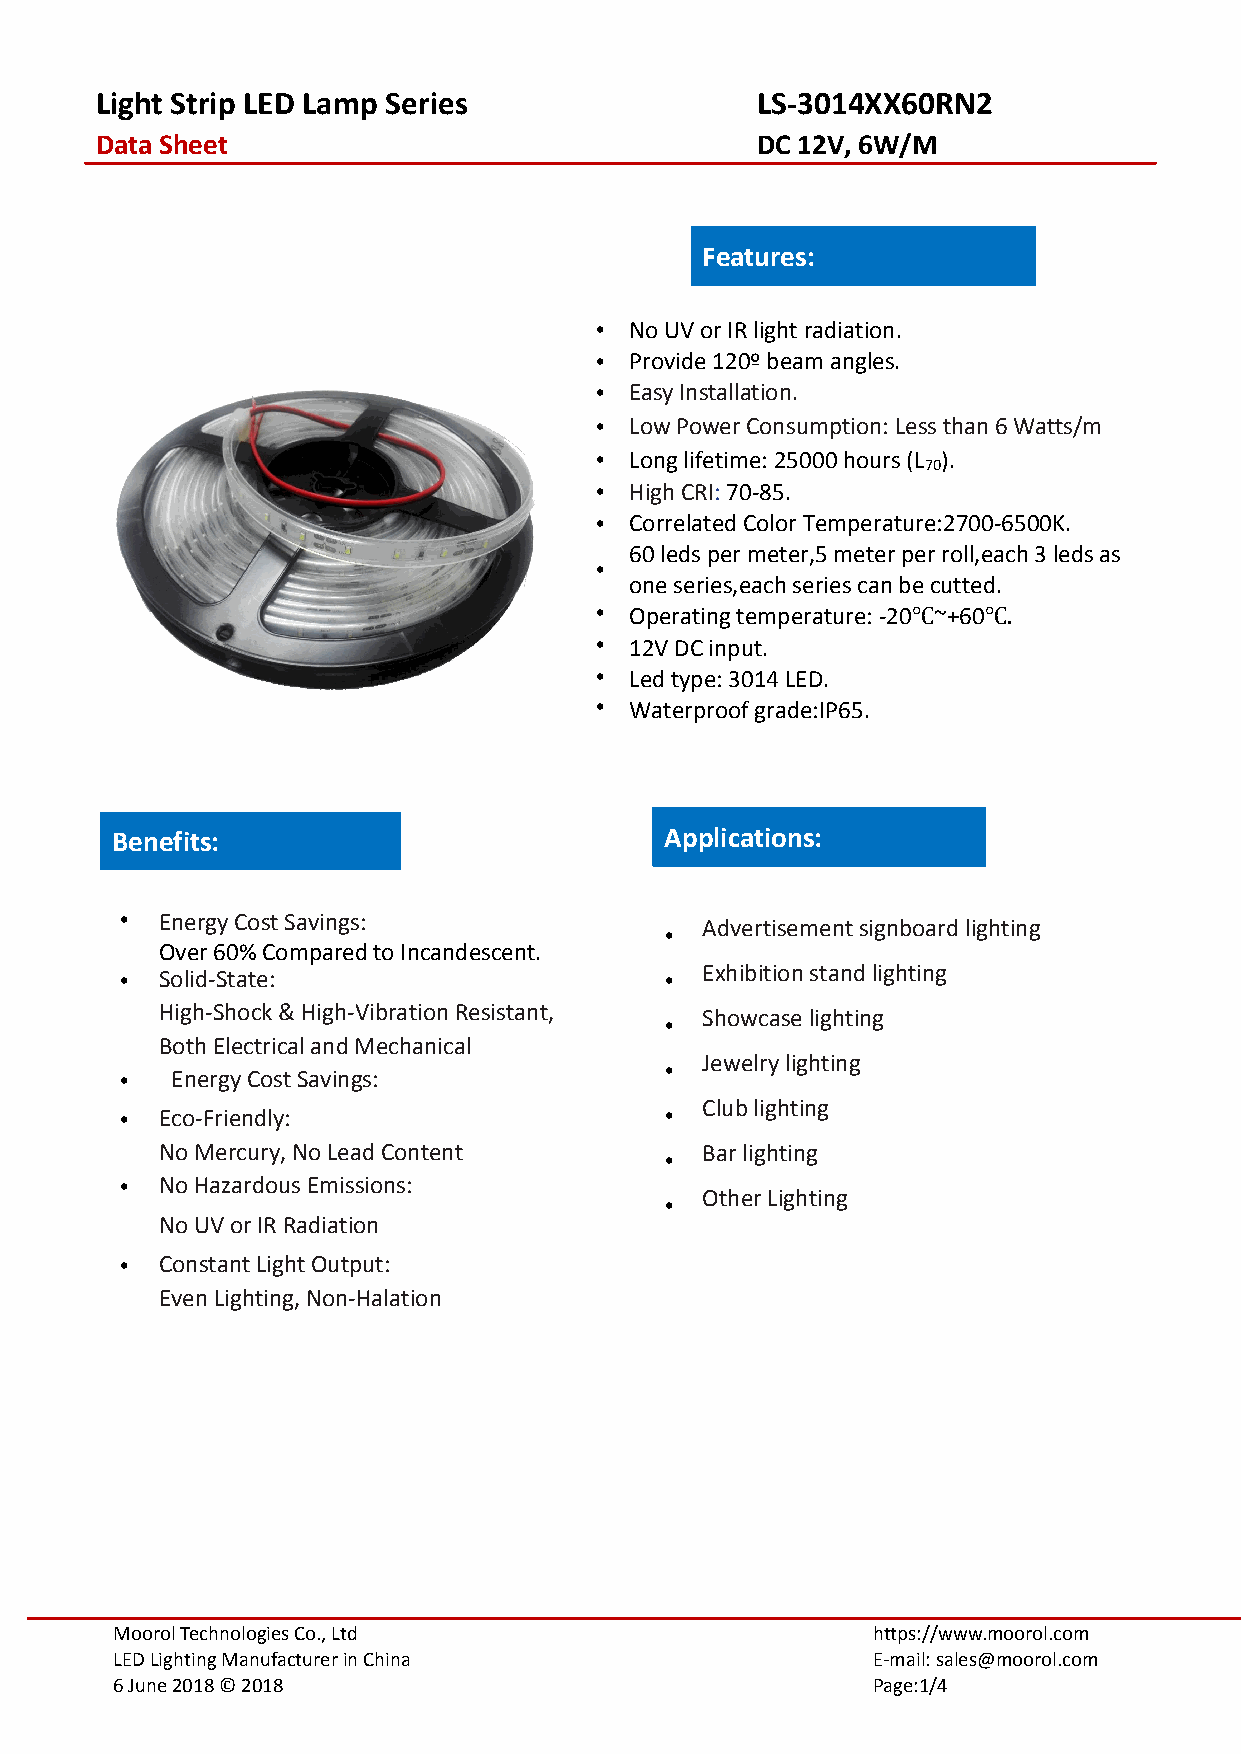
Light Strip LED Lamp Series                 LS-3014XX60RN2
 DataSheet                                   DC 12V, 6W/M
 Features:
 •  NoUVorIRlightradiation.
 •  Provide120ºbeamangles.
 •  EasyInstallation.
 •  LowPowerConsumption:Lessthan6Watts/m
 •  Longlifetime:25000hours(L ).
 70
 •  HighCRI:70-85.
 •  CorrelatedColorTemperature:2700-6500K.
 60ledspermeter,5meterperroll,each3ledsas
 •
 oneseries,eachseriescanbecutted.
 •  Operatingtemperature:-20 ~+60
 •  12VDCinput.
 ℃    ℃.
 •  Ledtype:3014LED.
 •  Waterproofgrade:IP65.
 Benefits:                            Applications:
 •  EnergyCostSavings:                 Advertisementsignboardlighting
 •
 Over60%ComparedtoIncandescent.
 •  Solid-State:                     • Exhibitionstandlighting
 High-Shock&High-VibrationResistant, Showcaselighting
 •
 BothElectricalandMechanical
 Jewelrylighting
 •
 •  EnergyCostSavings:
 Clublighting
 •  Eco-Friendly:                    •
 NoMercury,NoLeadContent            Barlighting
 •
 •  NoHazardousEmissions:
 OtherLighting
 •
 NoUVorIRRadiation
 •  ConstantLightOutput:
 EvenLighting,Non-Halation
 MoorolTechnologiesCo.,Ltd                          https://www.moorol.com
 LEDLightingManufacturerinChina                     E-mail:sales@moorol.com
 6June2018©2018                                     Page:1/4